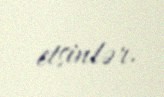
etsinlər.